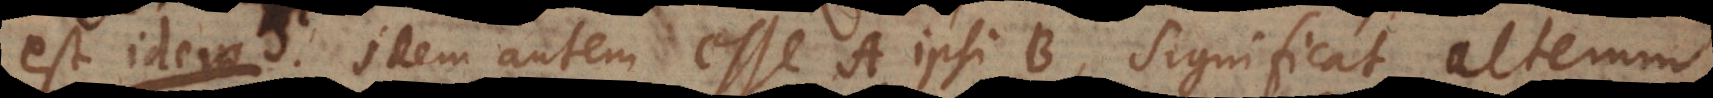
est idem. Idem autem esse A ipsi B, significat alterum